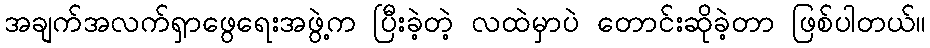
အချက်အလက်ရှာဖွေရေးအဖွဲ့က ပြီးခဲ့တဲ့ လထဲမှာပဲ တောင်းဆိုခဲ့တာ ဖြစ်ပါတယ်။